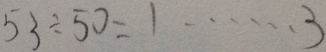
5 3 \div 5 0 = 1 \cdots 3